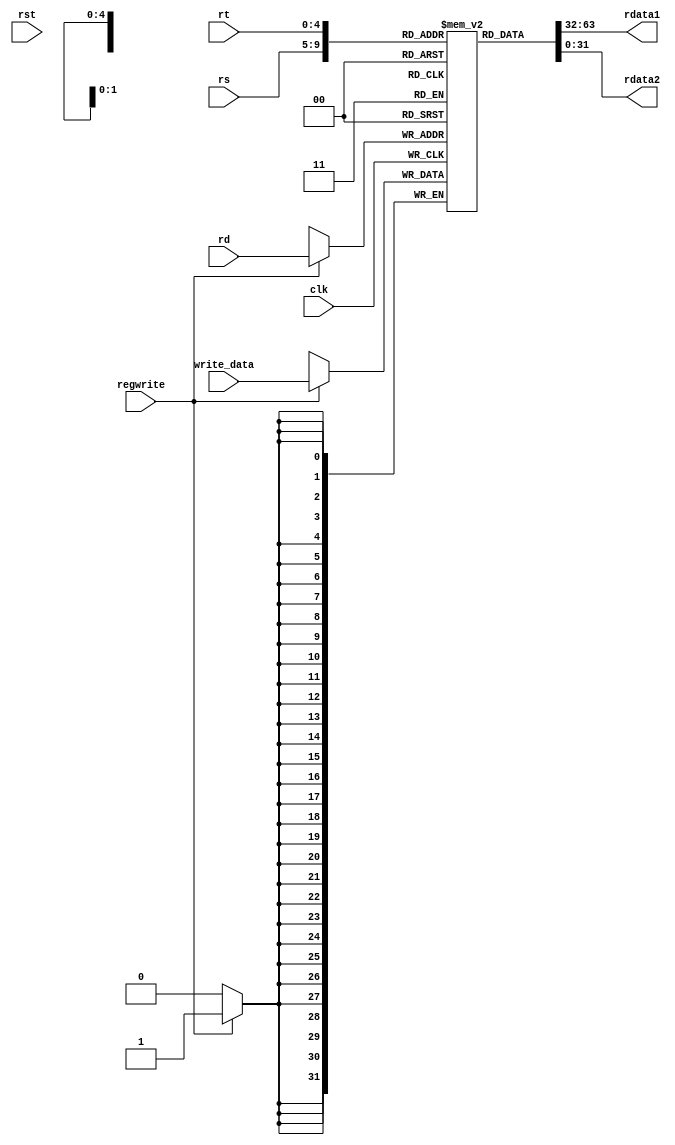
module regfile (
    output reg [31:0] rdata1,
    output reg [31:0] rdata2,
    input [31:0] write_data,
    input rst,
    input clk,
    input regwrite,
	 input [4:0] rs,
	 input[4:0] rt,
   input [4:0] rd
	 
);

//rs=21-25 bits
//rt=16-20 bits
//rd=11-15 bitss

		//reg [31:0] Registers = new reg[32];
	reg [31:0] Registers [0:31];
	
	
	
	initial begin
    Registers[0] <= 32'd1;
    Registers[1] <= 32'd2;
    Registers[2] <= 32'd5;
    Registers[3] <= 32'd33;
    Registers[4] <= 32'd4;
    Registers[5] <= 32'd5;
    Registers[6] <= 32'd6;
    Registers[7] <= 32'd7;
    Registers[8] <= 32'd8;
    Registers[9] <= 32'd9;
    Registers[10] <= 32'd10000;
    Registers[11] <= 32'd11;
    Registers[12] <= 32'd12;
    Registers[13] <= 32'd13;
    Registers[14] <= 32'd14;
    Registers[15] <= 32'd15;
    Registers[16] <= 32'd16;
    Registers[17] <= 32'd17;
    Registers[18] <= 32'd18;
    Registers[19] <= 32'd19;
    Registers[20] <= 32'd20;
    Registers[21] <= 32'd21;
    Registers[22] <= 32'd22;
    Registers[23] <= 32'd23;


    Registers[24] <= 32'd24;
    Registers[25] <= 32'd25;
    Registers[26] <= 32'd26;
    Registers[27] <= 32'd27;
    Registers[28] <= 32'd28;
    Registers[29] <= 32'd252; // this value should point to the top of data memory, dont forget byte addressing
    Registers[30] <= 32'd30; // this value should point to the top of data memory, dont forget byte addressing
    Registers[31] <= 32'b0;
end

	

	always @(negedge clk) begin
	
	 

    if (regwrite == 1'b1) begin
        Registers[rd] <= write_data;//rd
    end
	 
   end

	always @( clk or rs or rt or Registers)begin
	rdata1 <= Registers[rs];
    rdata2 <= Registers[rt];
	end

	
	

endmodule